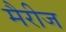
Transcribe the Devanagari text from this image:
मैरीज